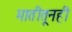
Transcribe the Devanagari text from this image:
मातीतूनही